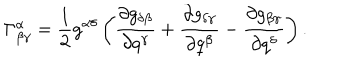
LaTeX: \Gamma _ { \beta \gamma } ^ { \alpha } = \frac 1 2 g ^ { \alpha \delta } \left( \frac { \partial g _ { \delta \beta } } { \partial q ^ { \gamma } } + \frac { \partial g _ { \delta \gamma } } { \partial q ^ { \beta } } - \frac { \partial g _ { \beta \gamma } } { \partial q ^ { \delta } } \right) .